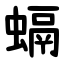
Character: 螎